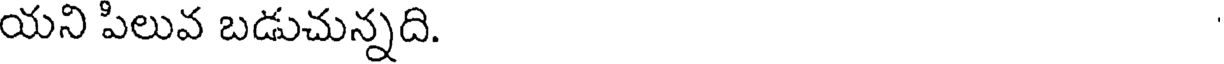
యని పిలువ బడుచున్నది.